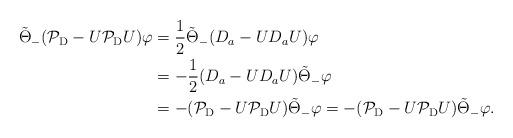
LaTeX: \begin{align*}\tilde{\Theta}_-(\mathcal{P}_{\rm D}-U\mathcal{P}_{\rm D}U)\varphi&=\frac{1}{2}\tilde{\Theta}_-(D_a-UD_aU)\varphi\\&=-\frac{1}{2}(D_a-UD_aU)\tilde{\Theta}_-\varphi\\&=-(\mathcal{P}_{\rm D}-U\mathcal{P}_{\rm D}U)\tilde{\Theta}_-\varphi=-(\mathcal{P}_{\rm D}-U\mathcal{P}_{\rm D}U)\tilde{\Theta}_-\varphi.\end{align*}